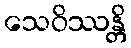
သေဝိဿန္တိ